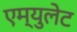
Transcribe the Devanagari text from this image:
एम्युलेट